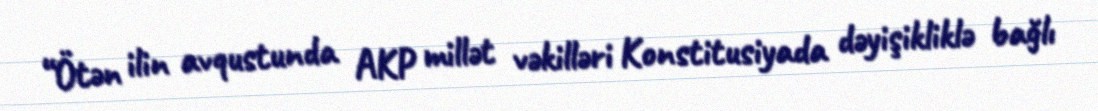
“Ötən ilin avqustunda AKP millət vəkilləri Konstitusiyada dəyişikliklə bağlı